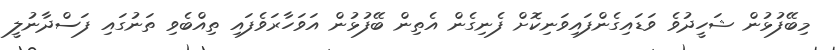
މިބޭފުޅުން ޝަހީދުވެ ވަޑައިގެންފައިވަނިކޮށް ފެނިގެން އެތިން ބޭފުޅުން އަވަހާރަވެފައި ތިއްބެވި ތަނުގައި ފަސްދާނުލީ